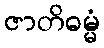
ဇာတိဓမ္မံ